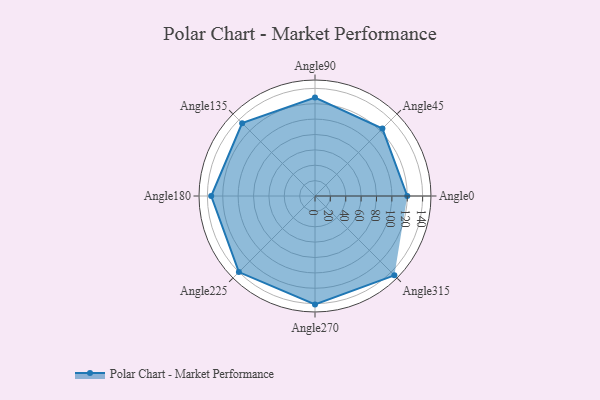
{"axis": {"x": "Angle", "y": "Radius"}, "legend": [""], "data": [{"x": "Angle0", "y": 120.0, "type": ""}, {"x": "Angle45", "y": 124.0, "type": ""}, {"x": "Angle90", "y": 128.0, "type": ""}, {"x": "Angle135", "y": 134.0, "type": ""}, {"x": "Angle180", "y": 135.0, "type": ""}, {"x": "Angle225", "y": 140.0, "type": ""}, {"x": "Angle270", "y": 141.0, "type": ""}, {"x": "Angle315", "y": 146.0, "type": ""}]}